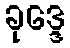
ခုဒ္ဒေ